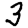
Digit: 3